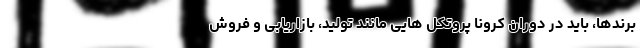
برندها، باید در دوران کرونا پروتکل هایی مانند تولید، بازاریابی و فروش